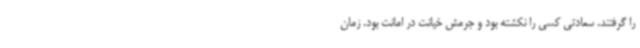
را گرفتند. سعادتی کسی را نکشته بود و جرمش خیانت در امانت بود. زمان